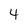
Character: 4